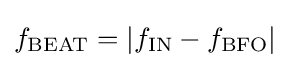
f_{\text{BEAT}}=|f_{\text{IN}}-f_{\text{BFO}}|